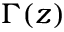
\Gamma ( z )